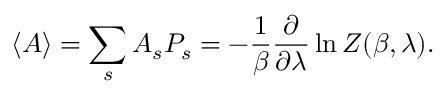
\langle A \rangle = \sum _ { s } A _ { s } P _ { s } = - { \frac { 1 } { \beta } } { \frac { \partial } { \partial \lambda } } \ln Z ( \beta , \lambda ) .